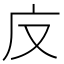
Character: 𭙎